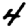
Digit: 4